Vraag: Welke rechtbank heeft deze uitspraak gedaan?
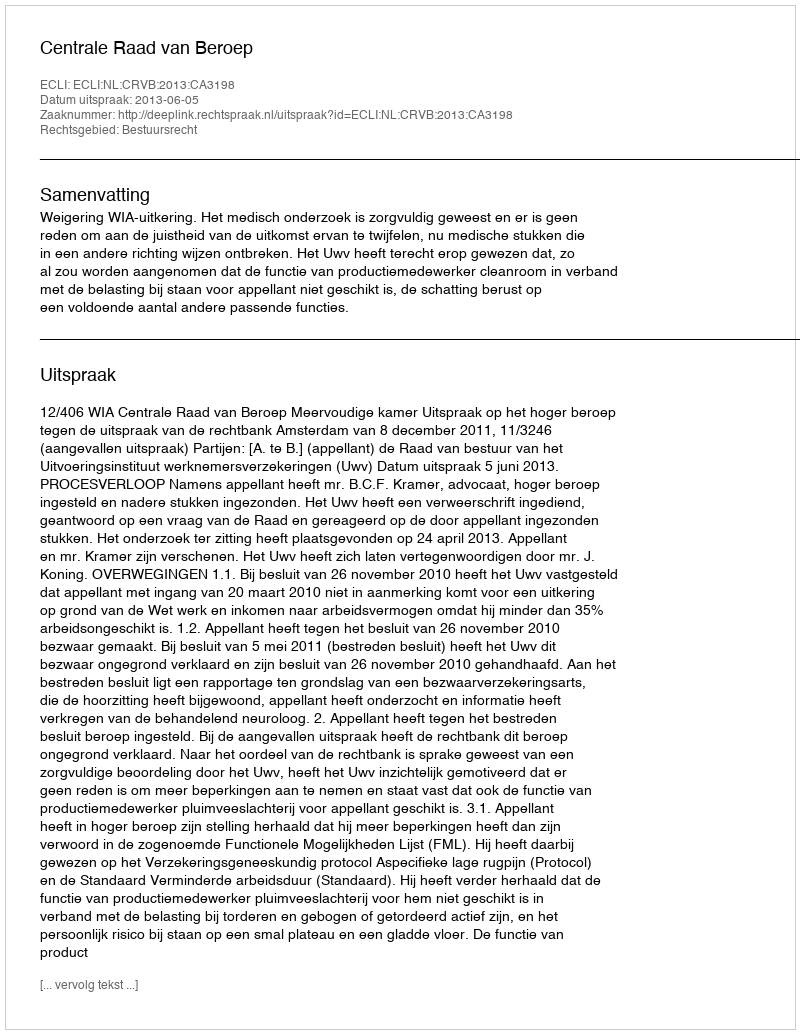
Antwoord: Centrale Raad van Beroep